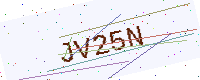
Text: JV25N